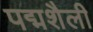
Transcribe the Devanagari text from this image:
पद्मशैली